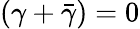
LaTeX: (\gamma+{\bar{\gamma}})=0